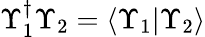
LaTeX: \Upsilon_{1}^{\dagger}\Upsilon_{2}=\langle\Upsilon_{1}|\Upsilon_{2}\rangle